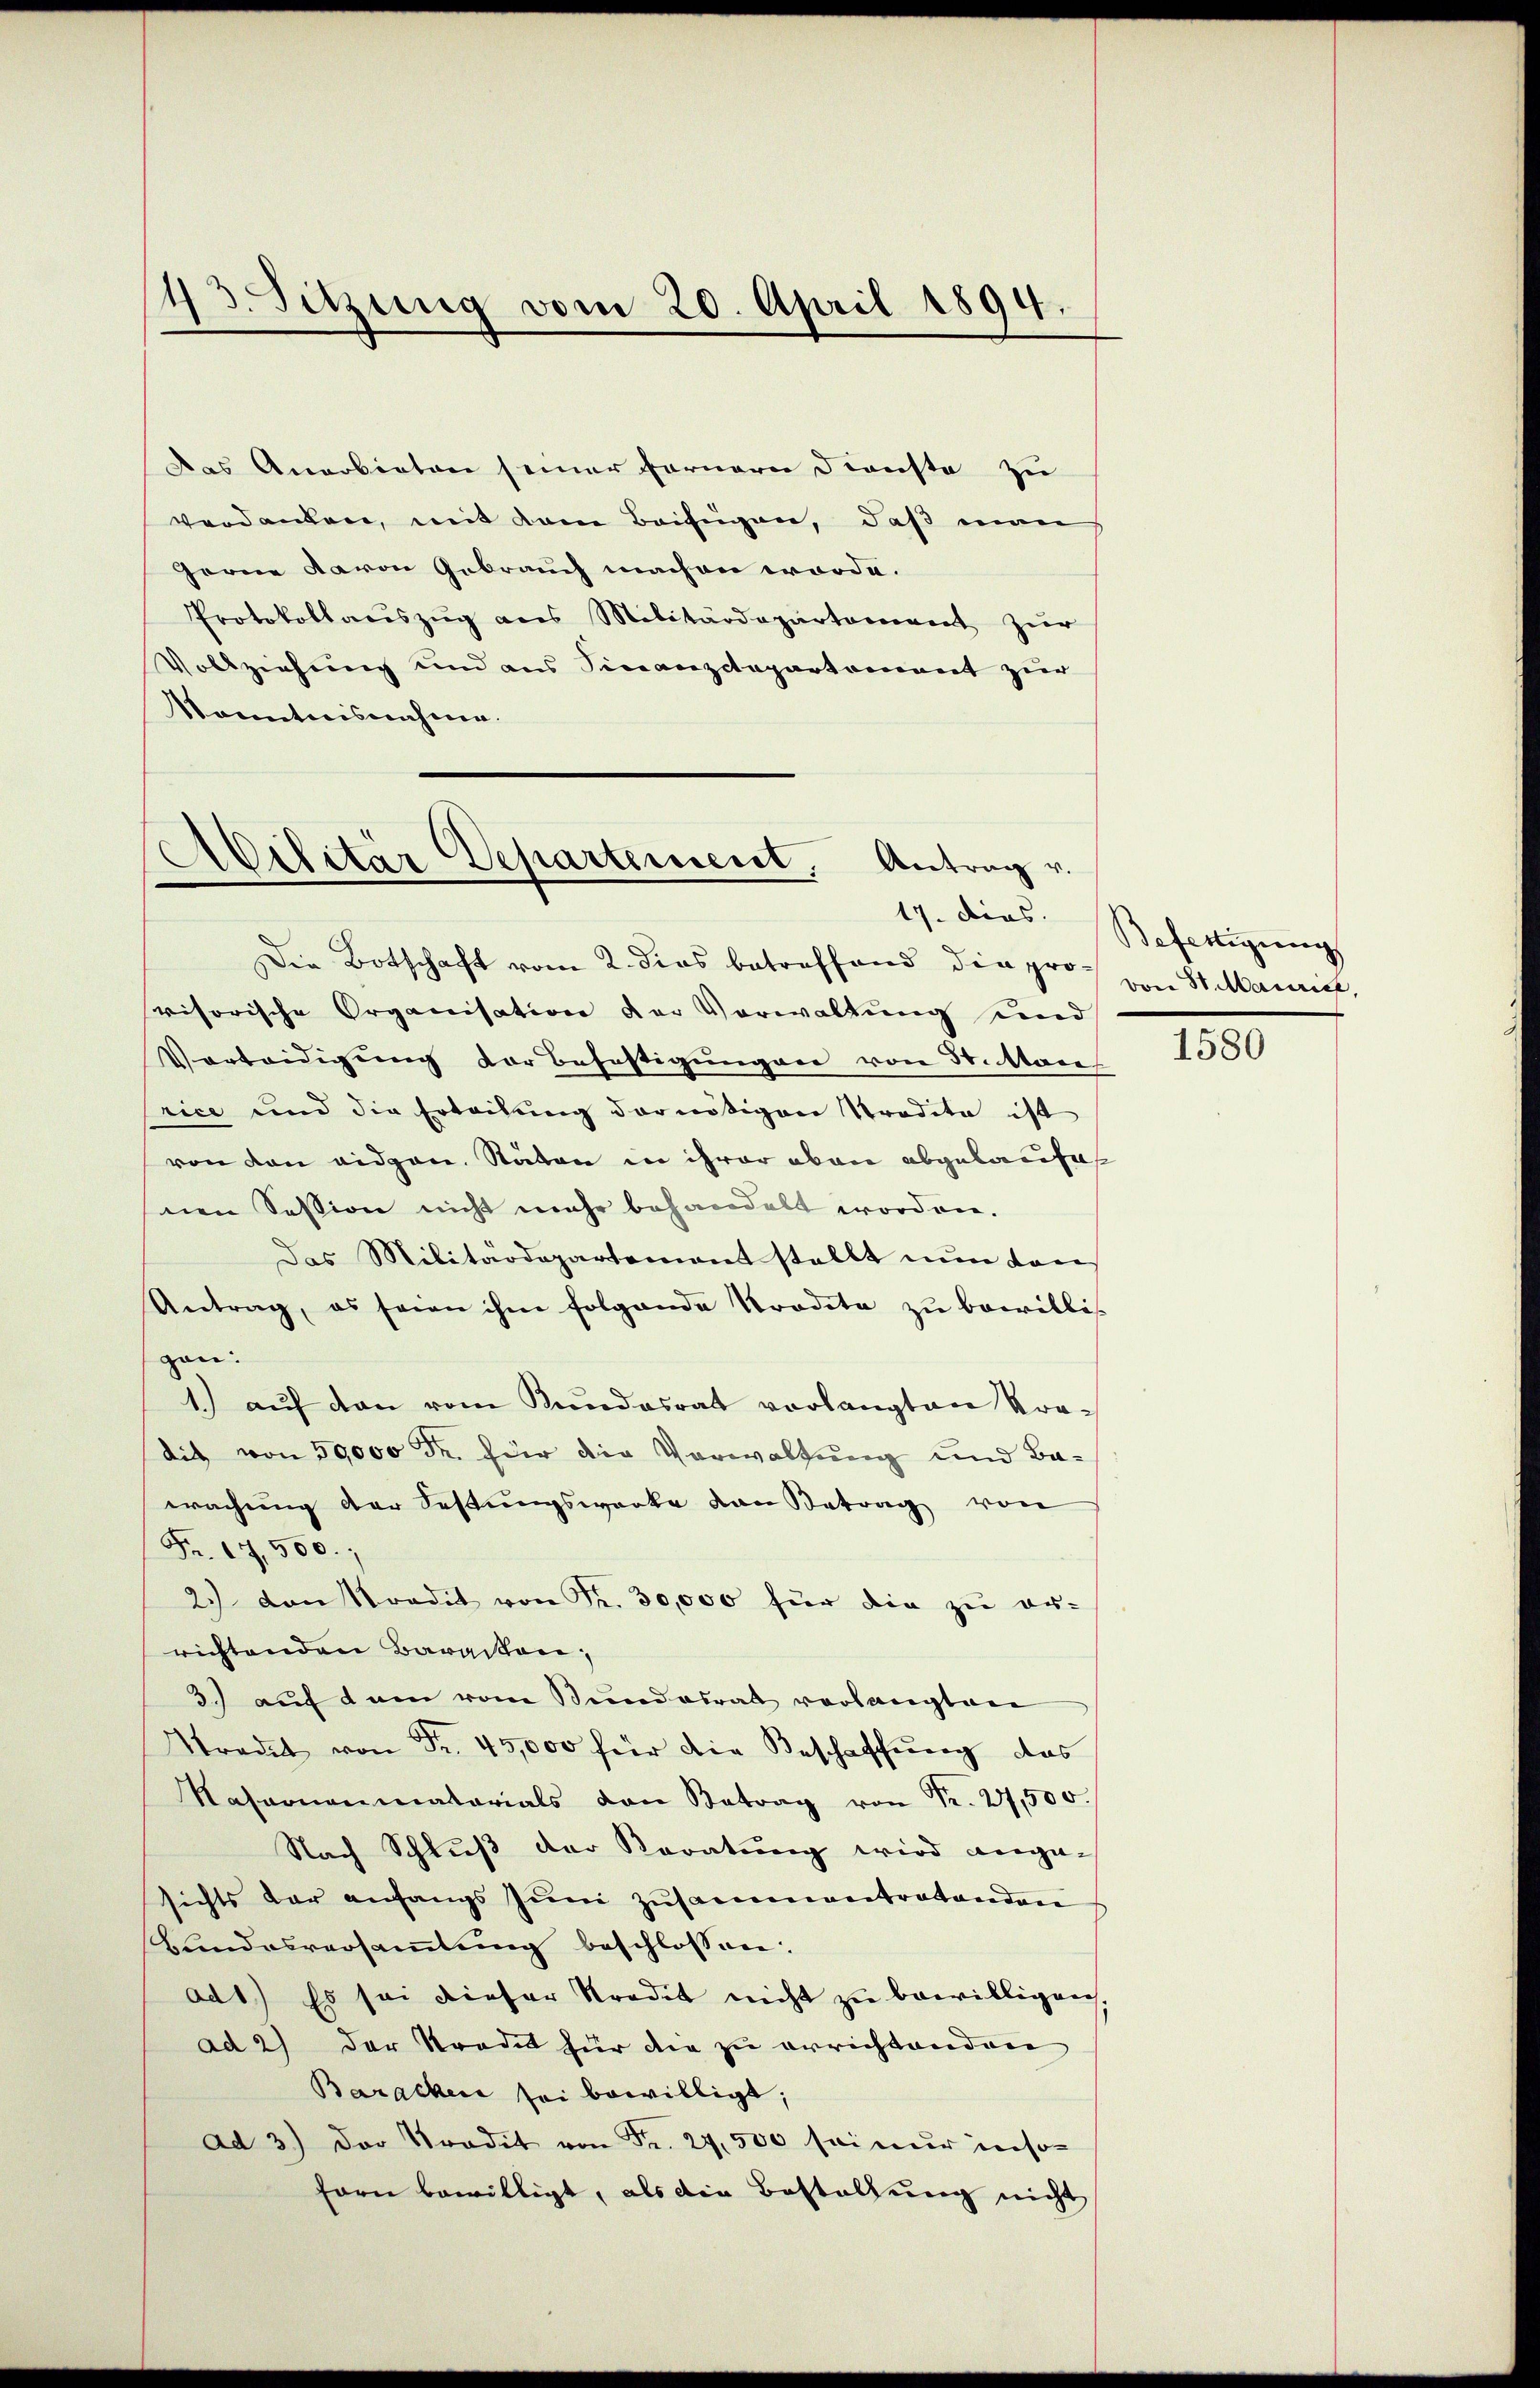
43. Sitzung vom 20. April 1894.

Das Anerbieten seiner Fernern Dienste zu
verdanken, mit dem Beifügen, daß man
Herne davon Gebrauch machen worde.
Protokollacszŭg als Militärdepartement zur
Vollziehung und aus Finanzctapartement zur
Sonntnisnahme.

Militär Departement. Antrag v.
Die Botschaft vom 2. dies betreffend die pro St. Maurich,

visorische Organisation der Vorwaltung und
Vorteidigung der Befestigungen von 30. Man
rice und die Erteilung der nötigen Tradita ist
von den eidgen. Stäten in ihrer oben abgelaufes
nen Session nicht mehr behandelt worden.
Das Militärdepartemons stellt nun von
Antrag, es seien ihm folgende Tradita zŭ bewillis
gan:
1.) auf den vom Kundesrat vorlangten Krodit von 50,000 Fr. für die Verwaltung und Bawachung der Festungswerke von Betrag von
Fr. 17,500.
2. von Stradit von Fr. 30,000 für die zŭ er-
richtenden Baracken,
3.) auf dem vom Bundesrat verlangten
Atradet von Fr. 45,000 für die Beschaffung das
Nasarnenmatorials von Betrag von Fr. 27,500.
Nach Schluß der Karatung wird angesichts dar anfangs Jŭni zusammentretenden
Bŭndesversaṁlŭng beschlossen:
ad1.) Es sei dieser Stradit nicht zu bewilligen
ad 2) der Stradit für die zu errichtenden
Barachen sei bewilligt;
ad 3.) Der Tradit von Fr. 27,500 sei nur inso-
forn bewilligt, als die Bestallung nicht

17. dens. Befertigung

1580